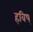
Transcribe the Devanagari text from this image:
हविष्